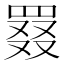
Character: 罬